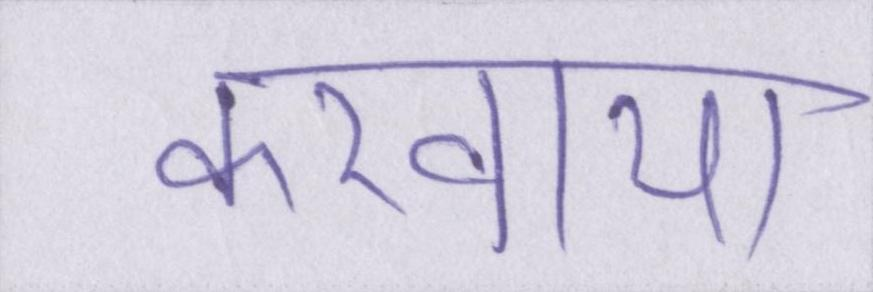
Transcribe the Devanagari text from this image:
करवाया